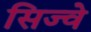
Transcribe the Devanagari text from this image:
सिज्वे